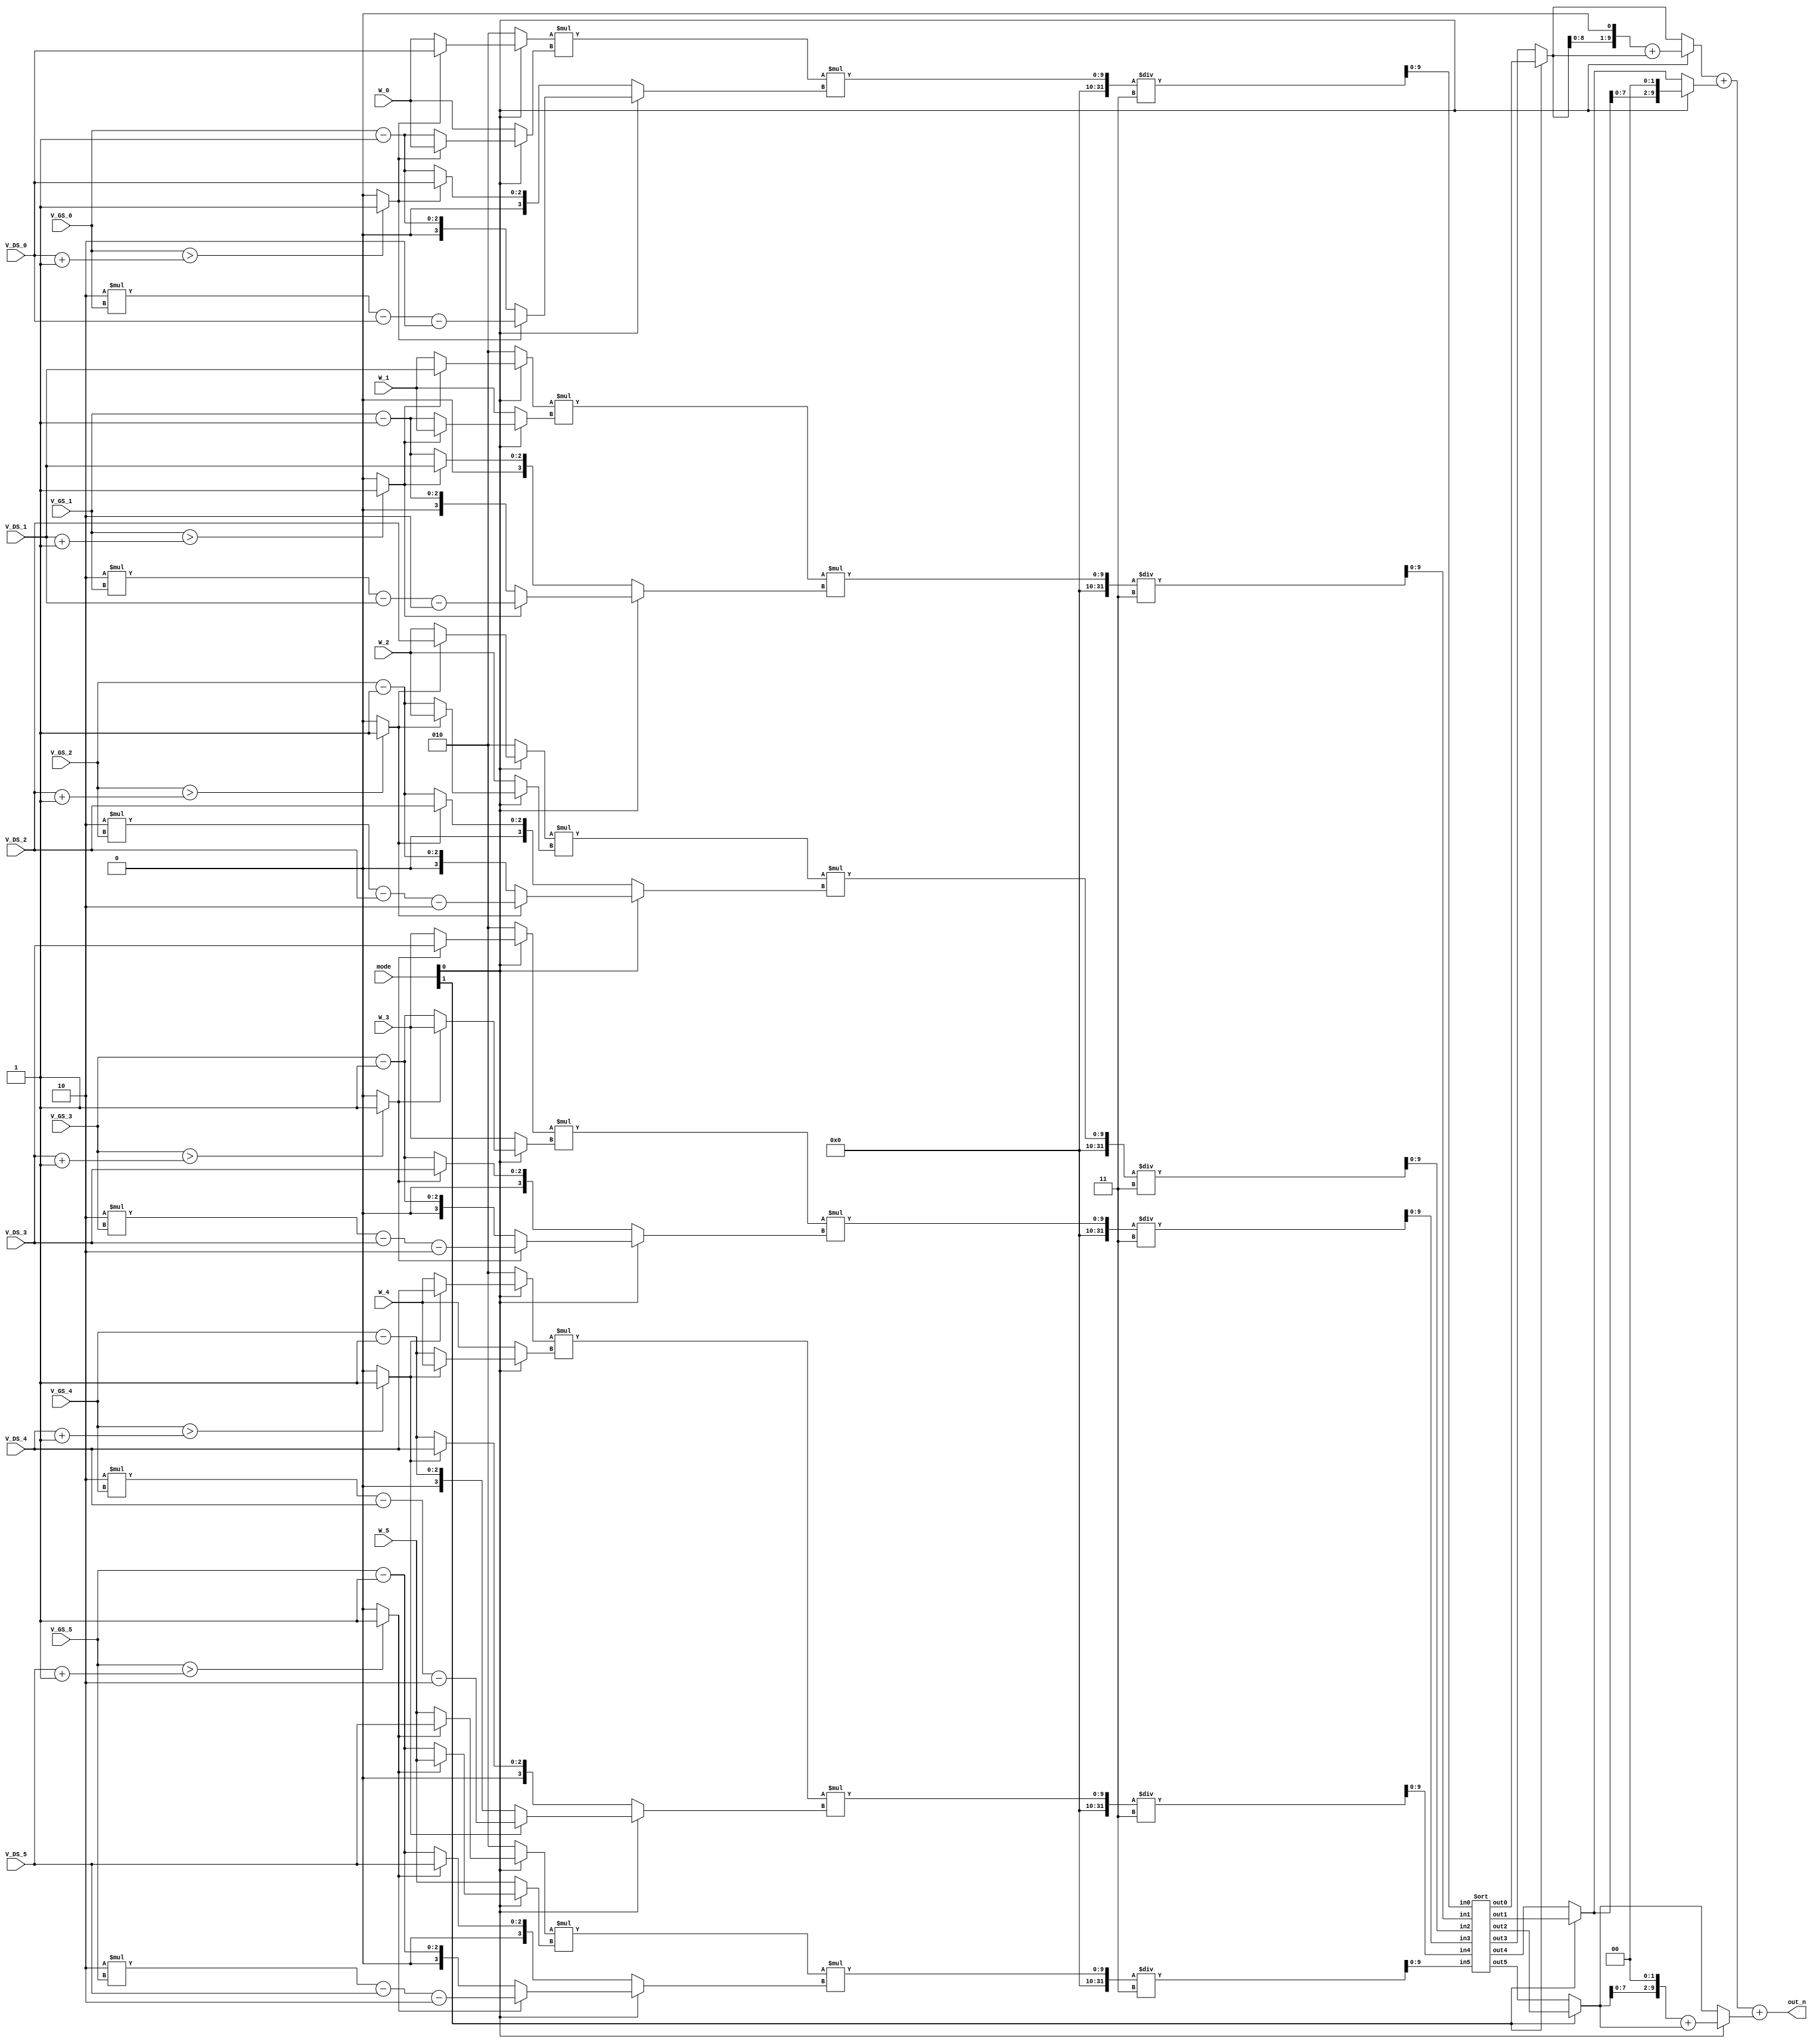
//############################################################################
//++++++++++++++++++++++++++++++++++++++++++++++++++++++++++++++++++++++++++++
//   2021 ICLAB Spring Course
//   Lab01          : Supper MOSFET Calculator (SMC)
//++++++++++++++++++++++++++++++++++++++++++++++++++++++++++++++++++++++++++++
//   Module Name : SMC
//++++++++++++++++++++++++++++++++++++++++++++++++++++++++++++++++++++++++++++
//############################################################################

module SMC(
    // Input signals
    mode,
    W_0, V_GS_0, V_DS_0,
    W_1, V_GS_1, V_DS_1,
    W_2, V_GS_2, V_DS_2,
    W_3, V_GS_3, V_DS_3,
    W_4, V_GS_4, V_DS_4,
    W_5, V_GS_5, V_DS_5,   
    // Output signals
    out_n
);

//================================================================
//   INPUT AND OUTPUT DECLARATION                         
//================================================================
input [2:0] W_0, V_GS_0, V_DS_0;
input [2:0] W_1, V_GS_1, V_DS_1;
input [2:0] W_2, V_GS_2, V_DS_2;
input [2:0] W_3, V_GS_3, V_DS_3;
input [2:0] W_4, V_GS_4, V_DS_4;
input [2:0] W_5, V_GS_5, V_DS_5;
input [1:0] mode;
output [9:0] out_n;

//================================================================
//    Wire & Registers 
//================================================================
//
genvar idx;
integer i;
parameter MAXN = 5 ;
//
wire [2:0] W_[0:MAXN], V_GS[0:MAXN], V_DS[0:MAXN];
//
wire [2:0] ID_Tri_A[0:MAXN], ID_Tri_B[0:MAXN];
wire [3:0] ID_Tri_C[0:MAXN];
wire [2:0] ID_Sat_A[0:MAXN], ID_Sat_B[0:MAXN], ID_Sat_C[0:MAXN];
wire [2:0] gm_Tri_A[0:MAXN], gm_Tri_B[0:MAXN], gm_Tri_C[0:MAXN];
wire [2:0] gm_Sat_A[0:MAXN], gm_Sat_B[0:MAXN], gm_Sat_C[0:MAXN];
//
wire is_Tri[0:MAXN];
//
wire [2:0] ID_A[0:MAXN], ID_B[0:MAXN], gm_A[0:MAXN], gm_B[0:MAXN], gm_C[0:MAXN];
wire [3:0] ID_C[0:MAXN];
wire [2:0] A[0:MAXN], B[0:MAXN];
wire [3:0] C[0:MAXN];
//
wire [9:0] cal_out[0:MAXN];
wire [9:0] n[0:MAXN], n1[0:MAXN];
//
wire [9:0] out_0, out_1, out_2;
//================================================================
//    DESIGN
//================================================================
// Turn default input forms into array forms
assign W_[0] = W_0 ;
assign W_[1] = W_1 ;
assign W_[2] = W_2 ;
assign W_[3] = W_3 ;
assign W_[4] = W_4 ;
assign W_[5] = W_5 ;
assign V_GS[0] = V_GS_0 ;
assign V_GS[1] = V_GS_1 ;
assign V_GS[2] = V_GS_2 ;
assign V_GS[3] = V_GS_3 ;
assign V_GS[4] = V_GS_4 ;
assign V_GS[5] = V_GS_5 ;
assign V_DS[0] = V_DS_0 ;
assign V_DS[1] = V_DS_1 ;
assign V_DS[2] = V_DS_2 ;
assign V_DS[3] = V_DS_3 ;
assign V_DS[4] = V_DS_4 ;
assign V_DS[5] = V_DS_5 ;

// assign (ID/gm)_(Tri/Sat)_(A/B/C)
generate
    for( idx=0 ; idx<=MAXN ; idx=idx+1 ) begin
        //
        assign ID_Tri_A[idx] = V_DS[idx] ;
        assign ID_Tri_B[idx] = W_[idx] ;
        assign ID_Tri_C[idx] = 2*V_GS[idx] - V_DS[idx] - 2 ;
        //
        assign gm_Tri_A[idx] = 2 ;
        assign gm_Tri_B[idx] = W_[idx] ;
        assign gm_Tri_C[idx] = V_DS[idx] ;
        //
        assign ID_Sat_A[idx] = W_[idx] ;
        assign ID_Sat_B[idx] = V_GS[idx] - 1 ;
        assign ID_Sat_C[idx] = ID_Sat_B[idx] ;      // V_GS[idx] - 1
        //
        assign gm_Sat_A[idx] = 2 ;
        assign gm_Sat_B[idx] = W_[idx] ;
        assign gm_Sat_C[idx] = ID_Sat_B[idx] ;      // V_GS[idx] - 1
    end
endgenerate

// check either MOSFET is in Triode or Saturation region
generate
    for( idx=0 ; idx<=MAXN ; idx=idx+1 ) begin
        assign is_Tri[idx] = ( V_GS[idx]>(V_DS[idx]+1) ) ? 1'b1 : 1'b0 ;
    end
endgenerate

// based on Triode/Saturation region, choose (ID/gm)_(A/B/C)
generate
    for( idx=0 ; idx<=MAXN ; idx=idx+1 ) begin
        assign ID_A[idx] = ( is_Tri[idx]==1'b1 ) ? ID_Tri_A[idx] : ID_Sat_A[idx] ;
        assign ID_B[idx] = ( is_Tri[idx]==1'b1 ) ? ID_Tri_B[idx] : ID_Sat_B[idx] ;
        assign ID_C[idx] = ( is_Tri[idx]==1'b1 ) ? ID_Tri_C[idx] : ID_Sat_C[idx] ;
        assign gm_A[idx] = ( is_Tri[idx]==1'b1 ) ? gm_Tri_A[idx] : gm_Sat_A[idx] ;
        assign gm_B[idx] = ( is_Tri[idx]==1'b1 ) ? gm_Tri_B[idx] : gm_Sat_B[idx] ;
        assign gm_C[idx] = ( is_Tri[idx]==1'b1 ) ? gm_Tri_C[idx] : gm_Sat_C[idx] ;
    end
endgenerate

// based on mode[0], choose A, B, C
generate
    for( idx=0 ; idx<=MAXN ; idx=idx+1 ) begin
        assign A[idx] = ( mode[0]==1'b1 ) ? ID_A[idx] : gm_A[idx] ;
        assign B[idx] = ( mode[0]==1'b1 ) ? ID_B[idx] : gm_B[idx] ;
        assign C[idx] = ( mode[0]==1'b1 ) ? ID_C[idx] : gm_C[idx] ;
    end
endgenerate

//
generate
    for( idx=0 ; idx<=MAXN ; idx=idx+1 ) begin
        assign cal_out[idx] = ( A[idx] * B[idx] * C[idx] ) / 3 ;
    end
endgenerate

// sort
Sort sort(  .in0(cal_out[0]), .in1(cal_out[1]), .in2(cal_out[2]), .in3(cal_out[3]), .in4(cal_out[4]), .in5(cal_out[5]),
            .out0(n[0]) , .out1(n[1]) , .out2(n[2]) , .out3(n[3]) , .out4(n[4]) , .out5(n[5]) );

// based on mode[1], choose larger/smaller values
assign n1[0] = ( mode[1]==1'b1 ) ? n[0] : n[3] ;
assign n1[1] = ( mode[1]==1'b1 ) ? n[1] : n[4] ;
assign n1[2] = ( mode[1]==1'b1 ) ? n[2] : n[5] ;

// based on mode[0], choose ID/gm output function
assign out_0 = ( mode[0]==1'b0 ) ? n1[0] : ( n1[0]<<1 ) + n1[0] ;
assign out_1 = ( mode[0]==1'b0 ) ? n1[1] : ( n1[1]<<2 ) ;
assign out_2 = ( mode[0]==1'b0 ) ? n1[2] : ( n1[2]<<2 ) + n1[2] ;

// output
assign out_n = out_0 + out_1 + out_2 ;

endmodule

//================================================================
//   SUB MODULE
//================================================================
// sort 6 elements
module Sort(
    // Input signals
    in0, in1, in2, in3, in4, in5,
    // Output signals
    out0, out1, out2, out3, out4, out5
);
//================================================================
//   INPUT AND OUTPUT DECLARATION                         
//================================================================
input [9:0] in0, in1, in2, in3, in4, in5;
output [9:0] out0, out1, out2, out3, out4, out5;
//================================================================
//    Wire & Registers 
//================================================================
wire [9:0] a[0:3], b[0:2], c[0:3], d[0:2], e[0:5], f[0:3], g[0:1];
//================================================================
//    DESIGN
//================================================================
//
assign a[0] = ( in0>in1 ) ? in0 : in1 ;
assign a[1] = ( in0>in1 ) ? in1 : in0 ;
assign a[2] = ( a[1]>in2 )? a[1] : in2 ;
assign a[3] = ( a[1]>in2 )? in2 : a[1] ;
assign b[0] = ( a[0]>a[2] ) ? a[0] : a[2] ;
assign b[1] = ( a[0]>a[2] ) ? a[2] : a[0] ;
assign b[2] = a[3] ;
//
assign c[0] = ( in3>in4 ) ? in3 : in4 ;
assign c[1] = ( in3>in4 ) ? in4 : in3 ;
assign c[2] = ( c[1]>in5 )? c[1] : in5 ;
assign c[3] = ( c[1]>in5 )? in5 : c[1] ;
assign d[0] = ( c[0]>c[2] ) ? c[0] : c[2] ;
assign d[1] = ( c[0]>c[2] ) ? c[2] : c[0] ;
assign d[2] = c[3] ;
//
assign e[0] = ( b[0]>d[0] ) ? b[0] : d[0] ;
assign e[1] = ( b[0]>d[0] ) ? d[0] : b[0] ;
assign e[2] = ( b[1]>d[1] ) ? b[1] : d[1] ;
assign e[3] = ( b[1]>d[1] ) ? d[1] : b[1] ;
assign e[4] = ( b[2]>d[2] ) ? b[2] : d[2] ;
assign e[5] = ( b[2]>d[2] ) ? d[2] : b[2] ;
//
assign out0 = e[0] ;
assign out5 = e[5] ;
//
assign f[0] = ( e[1]>e[2] ) ? e[1] : e[2] ;
assign f[1] = ( e[1]>e[2] ) ? e[2] : e[1] ;
assign f[2] = ( e[3]>e[4] ) ? e[3] : e[4] ;
assign f[3] = ( e[3]>e[4] ) ? e[4] : e[3] ;
//
assign out1 = f[0] ;
assign out4 = f[3] ;
//
assign g[0] = ( f[1]>f[2] ) ? f[1] : f[2] ;
assign g[1] = ( f[1]>f[2] ) ? f[2] : f[1] ;
//
assign out2 = g[0] ;
assign out3 = g[1] ;

endmodule